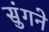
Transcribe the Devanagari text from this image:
सुंगने